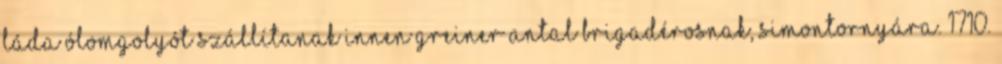
láda ólomgolyót szállítanak innen Greiner Antal brigadérosnak, Simontornyára. 1710.